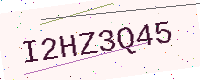
Text: I2HZ3Q45